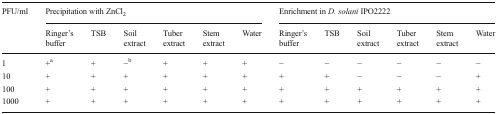
| <ROWSPAN=2> PFU/ml | <COLSPAN=6> Precipitation with ZnCl2 | <COLSPAN=6> Enrichment in D. solani IPO2222 |
 | Ringer’s buffer | TSB | Soil extract | Tuber extract | Stem extract | Water | Ringer’s buffer | TSB | Soil extract | Tuber extract | Stem extract | Water |
 | --- | --- | --- | --- | --- | --- | --- | --- | --- | --- | --- | --- | --- |
 | 1 | +a | + | −b | + | + | + | − | − | − | − | − | − |
 | 10 | + | + | + | + | + | + | + | + | − | − | − | + |
 | 100 | + | + | + | + | + | + | + | + | + | + | + | + |
 | 1000 | + | + | + | + | + | + | + | + | + | + | + | + |